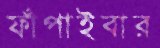
ফাঁপাইবার